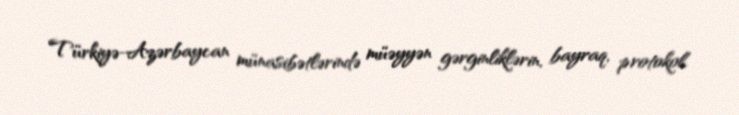
Türkiyə-Azərbaycan münasibətlərində müəyyən gərginliklərin, bayraq, protokol,